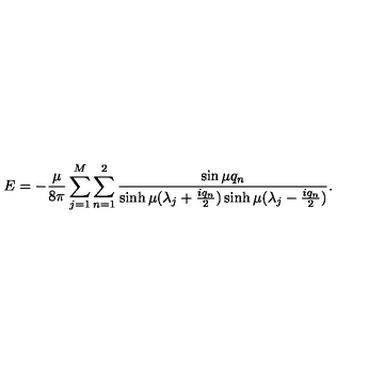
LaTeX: E = - { \frac { \mu } { 8 \pi } } \sum _ { j = 1 } ^ { M } \sum _ { n = 1 } ^ { 2 } { \frac { \sin \mu q _ { n } } { \sinh \mu ( \lambda _ { j } + { \frac { i q _ { n } } { 2 } } ) \sinh \mu ( \lambda _ { j } - { \frac { i q _ { n } } { 2 } } ) } } .